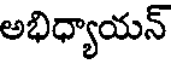
అభిధ్యాయన్